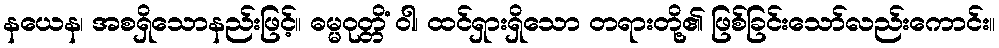
နယေန၊ အစရှိသောနည်းဖြင့်။ ဓမ္မဝုတ္တိံ ဝါ၊ ထင်ရှားရှိသော တရားတို့၏ ဖြစ်ခြင်းသော်လည်းကောင်း။